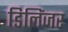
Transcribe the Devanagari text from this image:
डिलिंजर